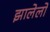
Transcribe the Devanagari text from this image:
झालेलो